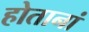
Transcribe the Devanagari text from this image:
होतानां